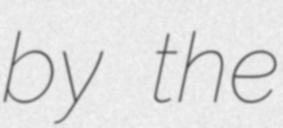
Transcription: by the